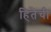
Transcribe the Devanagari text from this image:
हितैची